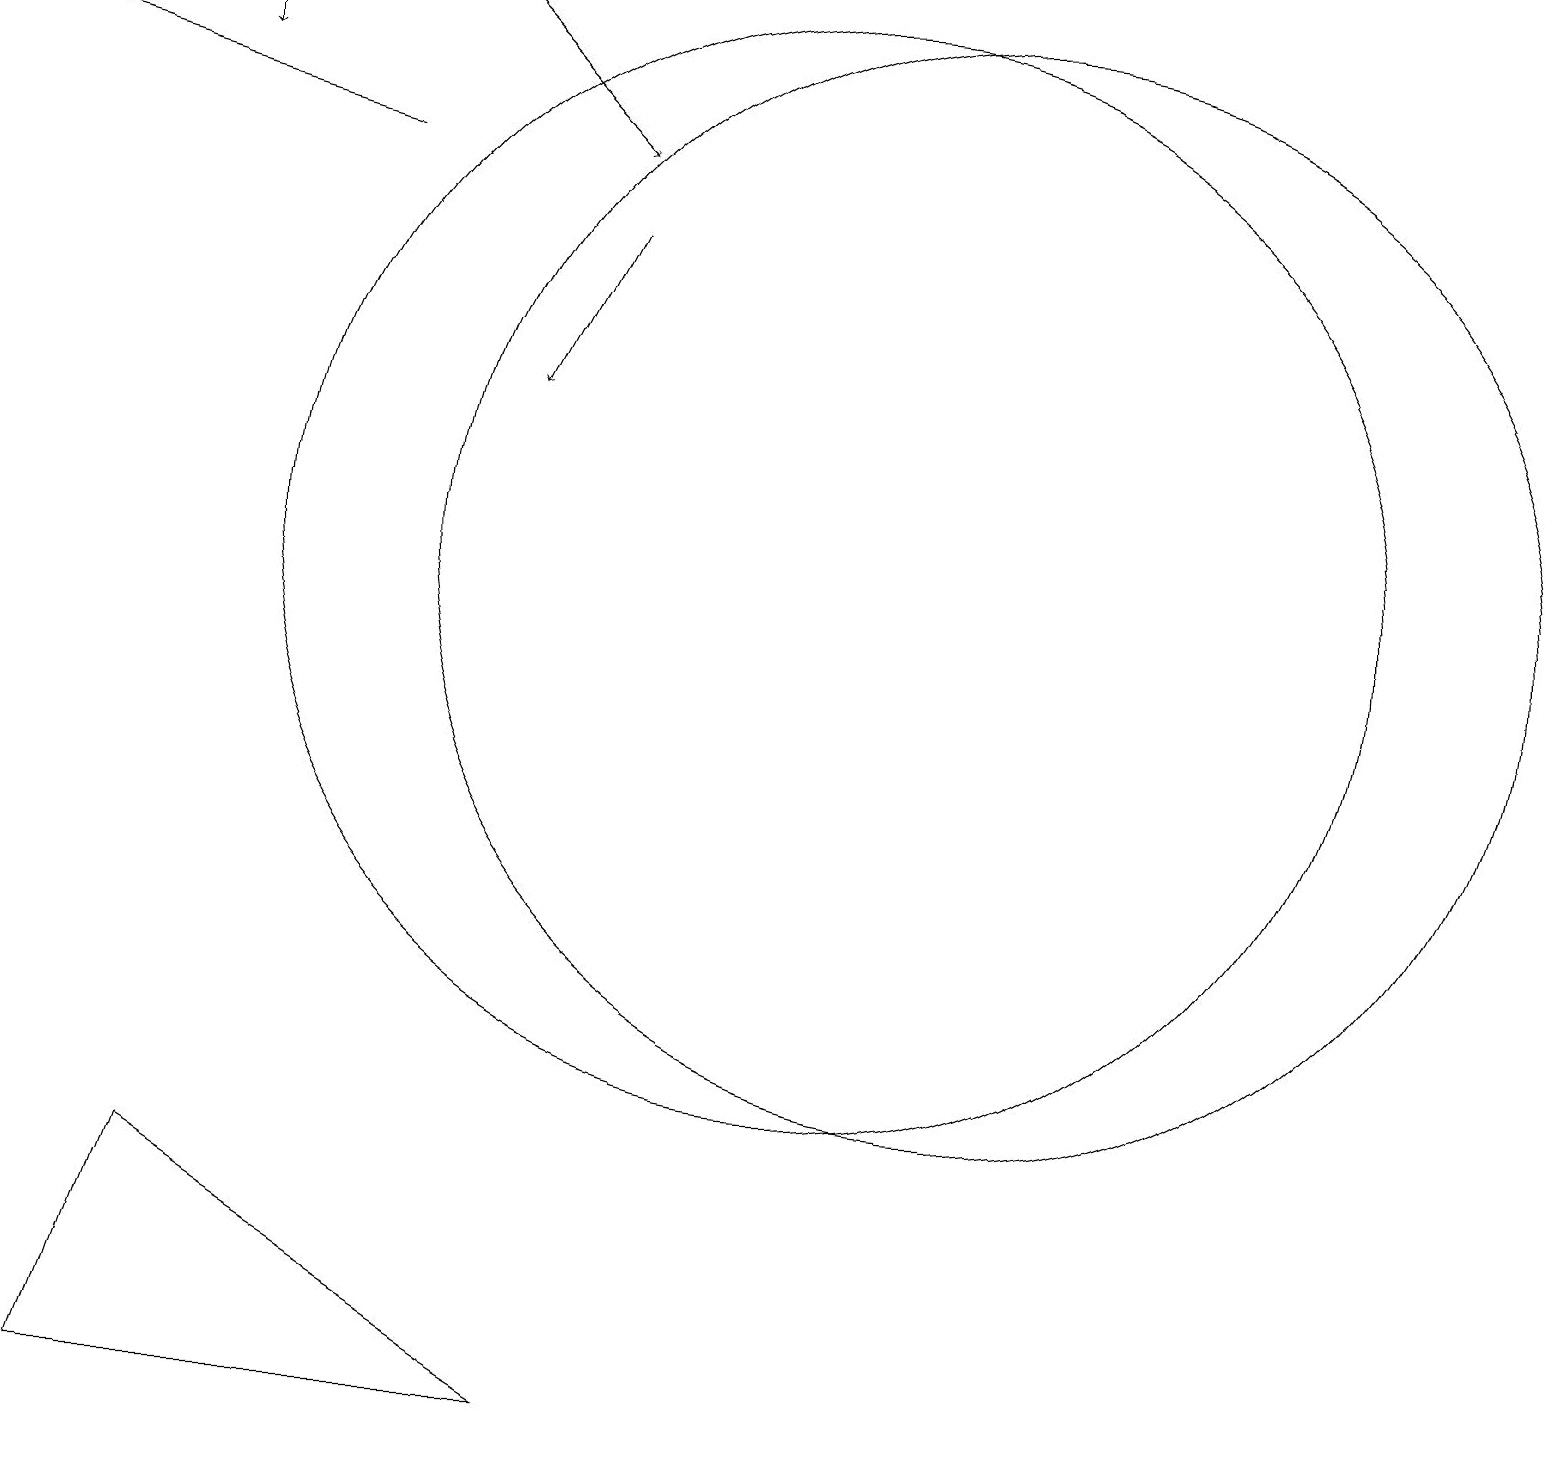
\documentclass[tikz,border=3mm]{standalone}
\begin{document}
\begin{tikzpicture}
\draw (10,11) circle (7);
\draw[->] (2,18) -- (2,17);
\draw[->] (5,18) -- (7,16);
\draw[->] (7,15) -- (6,13);
\draw[->] (4,16) -- (0,17);
\draw (1,0) -- (7,0) -- (2,3) -- cycle;
\draw (12,11) circle (7);
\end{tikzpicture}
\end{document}